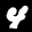
Label: 4